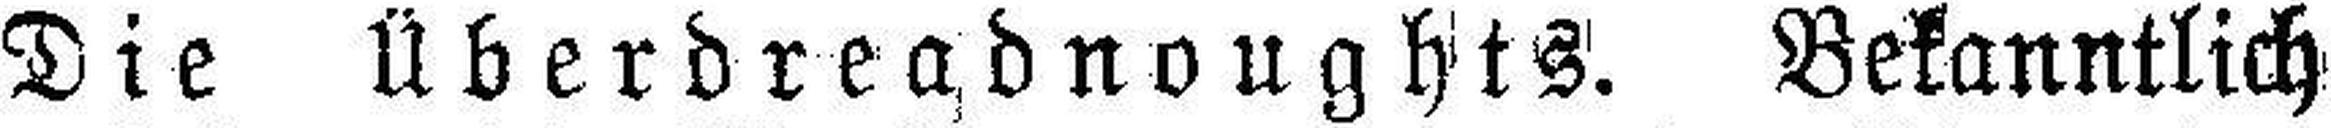
Die Überdreadnoughts. Bekanntlich